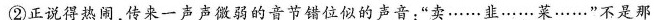
②正说得热闹，传来一声声微弱的音节错位似的声音：”卖……韭……菜……”不是那